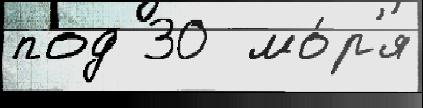
под 30  мо́р'я